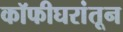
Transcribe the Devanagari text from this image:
कॉफीघरांतून